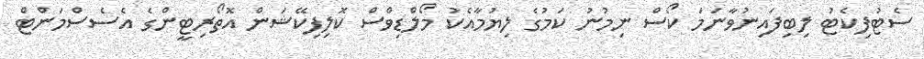
ސެޓުފިކެޓު ލިބިފައިނުވާނަމަ ކޯސް ނިމުނު ކަމުގެ ލިޔުމާއެކު މޯލްޑިވްސް ކޮލިފިކޭޝަން އޮތޯރިޓީންގެ އެސެސްމަންޓް